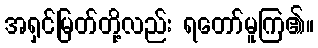
အရှင်မြတ်တို့လည်း ရတော်မူကြ၏။